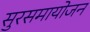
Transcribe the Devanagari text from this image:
सुरसमायोजन